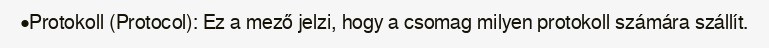
•Protokoll (Protocol): Ez a mező jelzi, hogy a csomag milyen protokoll számára szállít.